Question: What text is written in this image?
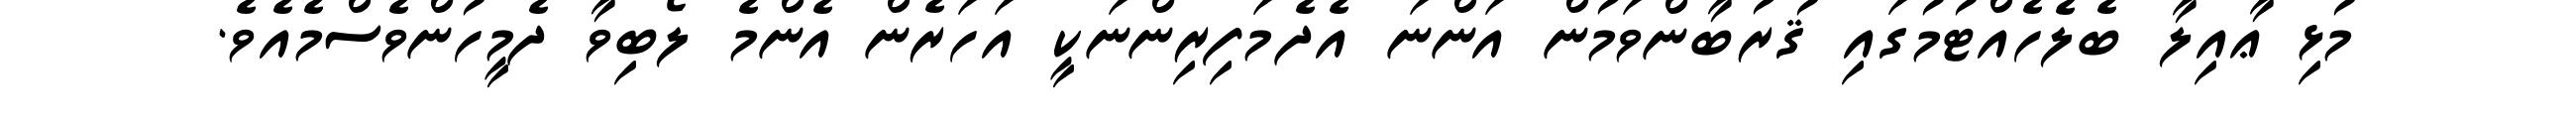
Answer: މުޅި ޢާއިލާ ބެލެހެއްޓުމުގައި ޤުރުބާންވަމުން އަންނަ އެދެމަފިރިންނަކީ އަހަރެން އެންމެ ލޯބިވާ ދެމީހުންވެސްމެއެވެ.